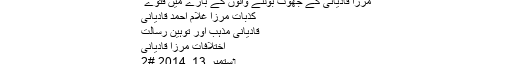
​
مرزا قادیانی کے جھوٹ بولنے والوں کے بارے میں فتوے ​
کذبات مرزا غلام احمد قادیانی
قادیانی مذہب اور توہین رسالت
اختلافات مرزا قادیانی​
‏ ستمبر 13, 2014 #2
مرزائی مسلمانوں کو کیا سمجھتے ہیں؟